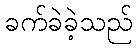
ခက်ခဲခဲ့သည်